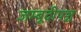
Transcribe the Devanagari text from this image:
जम्बूदीपञ्च